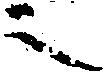
之